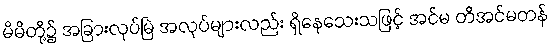
မိမိတို့၌ အခြားလုပ်မြဲ အလုပ်များလည်း ရှိနေသေးသဖြင့် အင်မ တိအင်မတန်